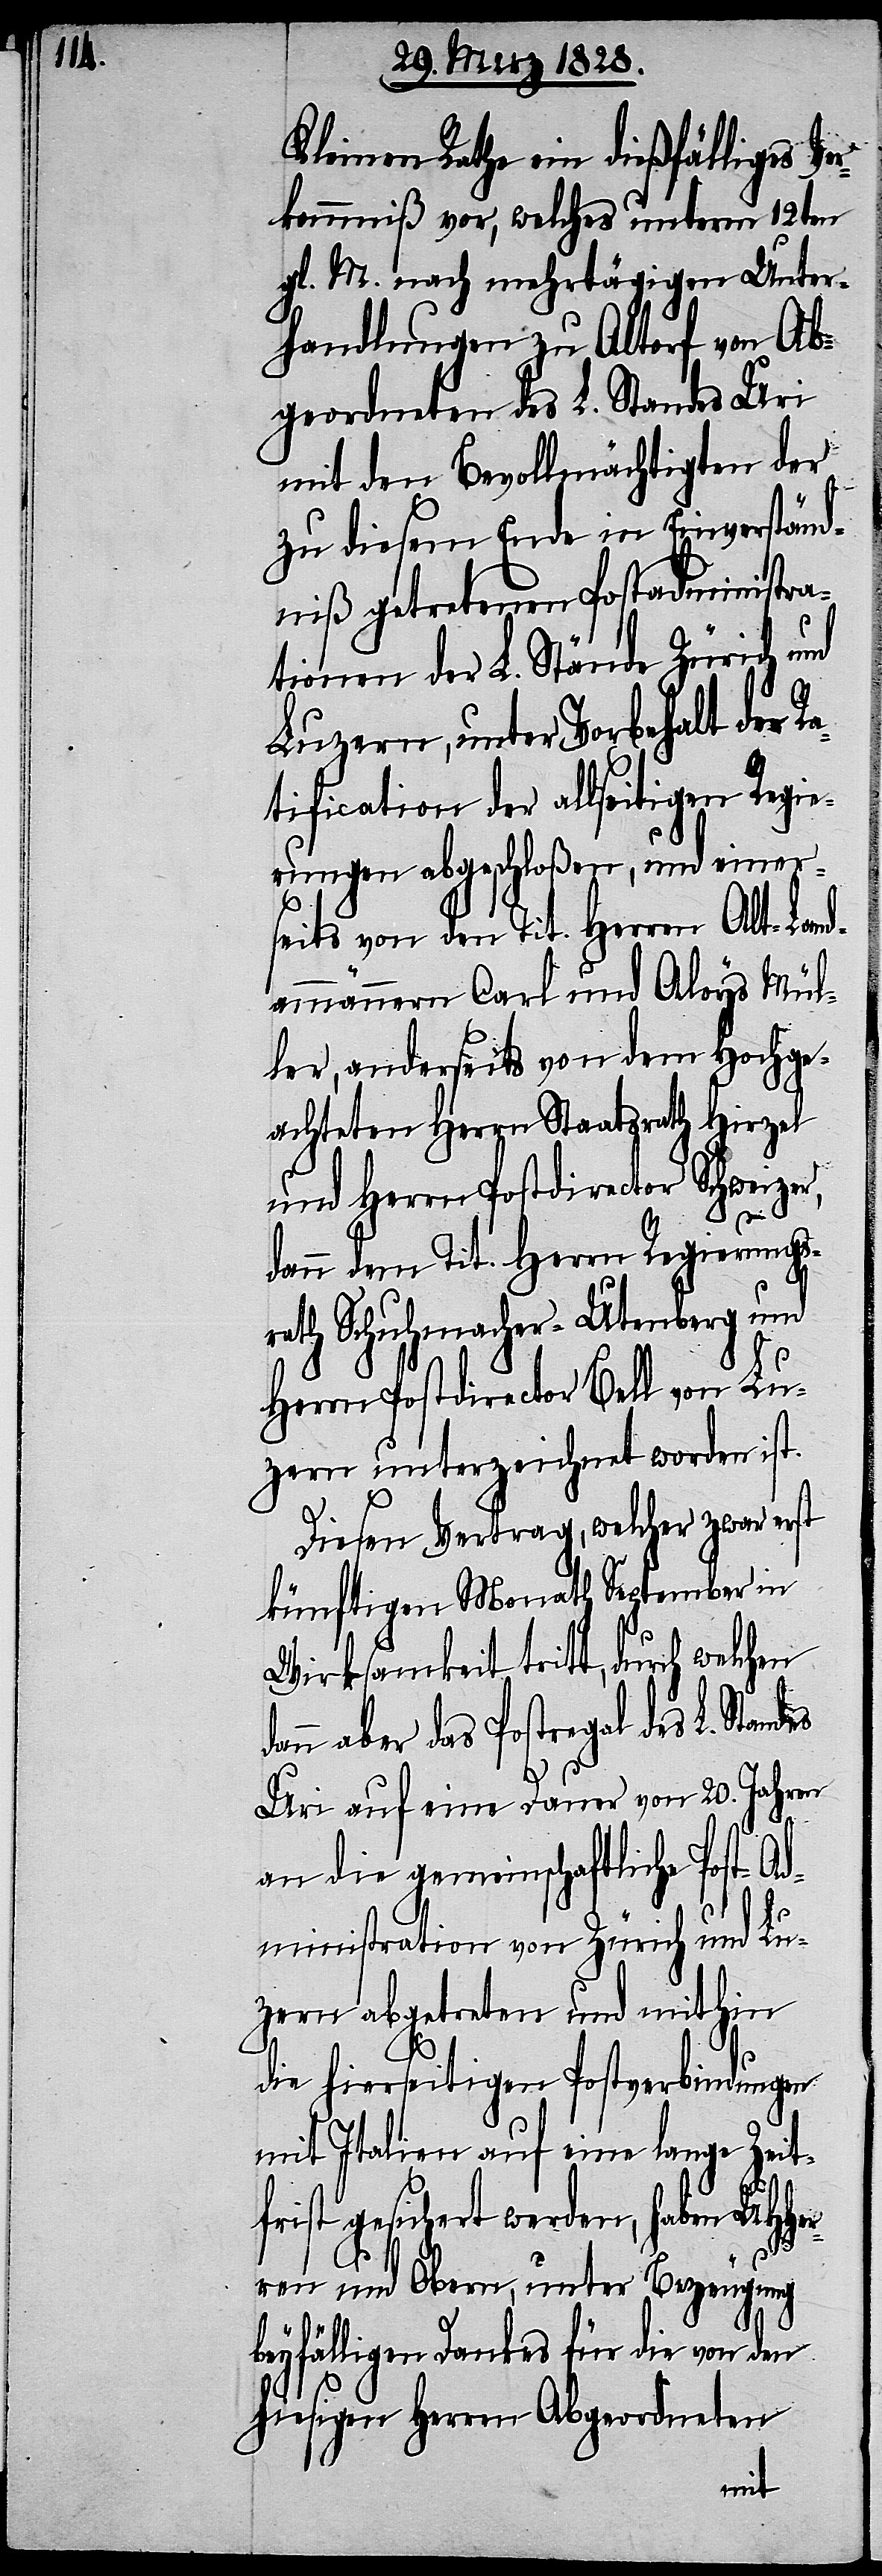
Kleinen Rath ein dießfälliges Vo¬
rkommniß vor, welches unterm 12ten
gl. M. nach mehrtägigen Unter¬
handlungen zu Altorf von Ab¬
geordneten des L. Standes Uri
mit den Bevollmächtigten der
zu diesem Ende in Einverständ¬
niß getretenen Postadministra¬
tionen der L. Stände Zürich und
Luzern, unter Vorbehalt der R¬
atification der allseitigen Regie¬
rungen abgeschloßen, und einer¬
seits von den Tit. Herren Alt-Land¬
ammännern Carl und Aloys Mül¬
ler, anderseits von dem Hochge¬
achten Herrn Staatsrath Hirzel
und Herrn Postdirector Schweize¬
dann dem Tit. Herrn Regierungs¬
rath Schuhmacher-Utenberg und
Herrn Postdirector Bell von Lu¬
zern unterzeichnet worden ist.
Diesen Vertrag, welcher zwar erst
künftigen Monath September in
Wirksamkeit tritt, durch welchen
n aber das Postregal des
Uri auf eine Dauer von 20. Jahren
L.
an die gemeinschaftliche Post-Ad¬
ministration von Zürich und Lu¬
zern abgetreten und mithin
die hierseitigen Postverbindungen
mit Italien auf eine lange Zeit¬
dan¬
frist gesichert werden, haben UHHer¬
ren und Obern, unter Bezeugung
beyfälligen Dankes für die von den
hiesigen Herren Abgeordneten